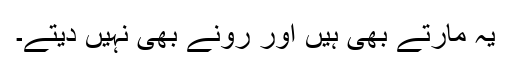
یہ مارتے بھی ہیں اور رونے بھی نہیں دیتے۔